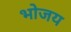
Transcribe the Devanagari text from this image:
भोजय